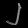
Digit: ၂